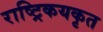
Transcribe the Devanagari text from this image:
राष्ट्रिकयकृत